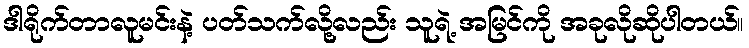
ဒါရိုက်တာလူမင်းနဲ့ ပတ်သက်လို့လည်း သူရဲ့ အမြင်ကို အခုလိုဆိုပါတယ်။